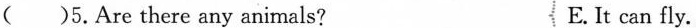
()5.Are there any animals? E.It can fly.